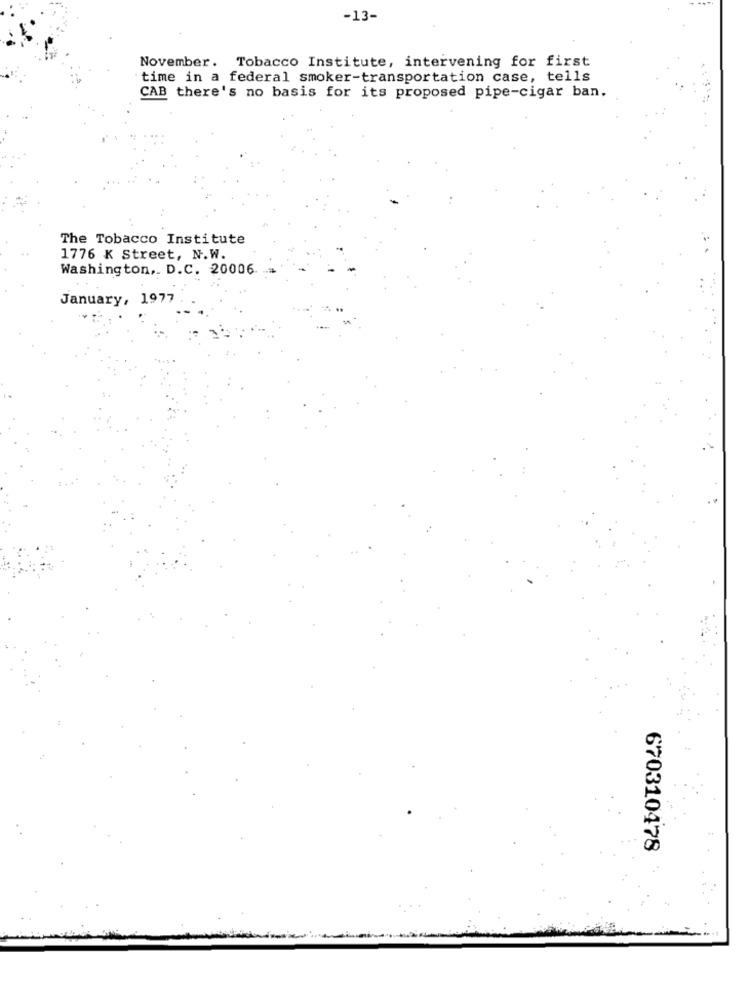
-13-
November. Tobacco Institute, intervening for first
time in a federal smoker-transportation case, tells
CAB there's no basis for its proposed pipe-cigar ban.
The Tobacco Institute
1776 K Street, N.W.
Washington ,. D.C. 20006
January, 1977
670310478